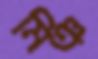
মিঞ